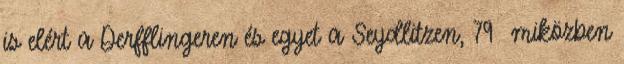
is elért a Derfflingeren és egyet a Seydlitzen, 79 miközben